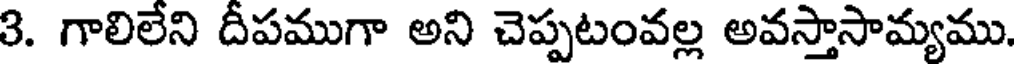
3. గాలిలేని దీపముగా అని చెప్పటంవల్ల అవస్తాసామ్యము.